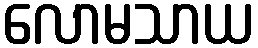
လောမသာယ